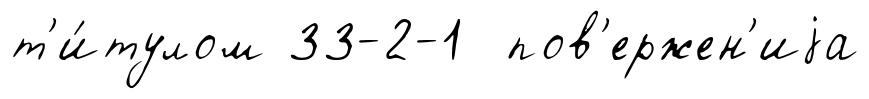
т'и́тулом 33-2-1 пов'ержен'иjа